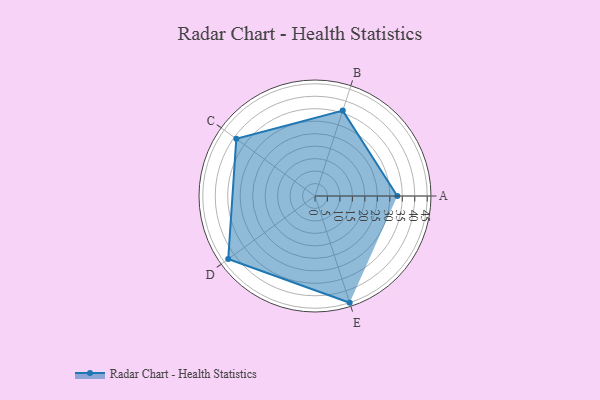
{"axis": {"x": "Skill", "y": "Score"}, "legend": ["Profile"], "data": [{"x": "A", "y": 33.0, "type": "Profile"}, {"x": "B", "y": 36.0, "type": "Profile"}, {"x": "C", "y": 39.0, "type": "Profile"}, {"x": "D", "y": 43.0, "type": "Profile"}, {"x": "E", "y": 45.0, "type": "Profile"}]}